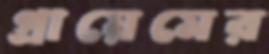
গ্রায়েমের